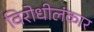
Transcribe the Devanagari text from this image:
विरोधीलंकार